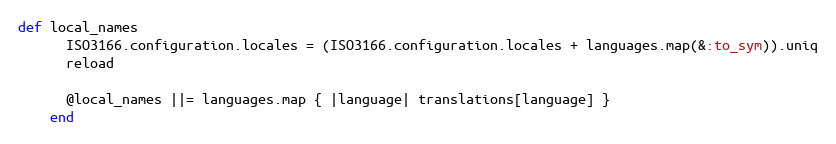
Language: Ruby
def local_names
      ISO3166.configuration.locales = (ISO3166.configuration.locales + languages.map(&:to_sym)).uniq
      reload

      @local_names ||= languages.map { |language| translations[language] }
    end